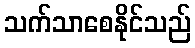
သက်သာစေနိုင်သည်